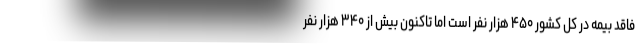
فاقد بیمه در کل کشور ۴۵۰ هزار نفر است اما تاکنون بیش از ۳۴۰ هزار نفر